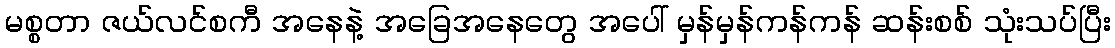
မစ္စတာ ဇယ်လင်စကီ အနေနဲ့ အခြေအနေတွေ အပေါ် မှန်မှန်ကန်ကန် ဆန်းစစ် သုံးသပ်ပြီး